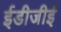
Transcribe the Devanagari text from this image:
ईडीजीई